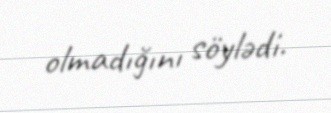
olmadığını söylədi.